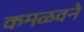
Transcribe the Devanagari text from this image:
कमळवने